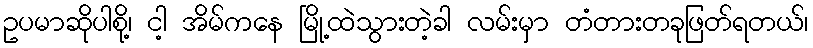
ဥပမာဆိုပါစို့၊ ငါ့ အိမ်ကနေ မြို့ထဲသွားတဲ့ခါ လမ်းမှာ တံတားတခုဖြတ်ရတယ်၊